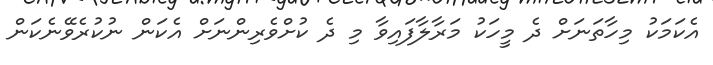
އެކަމަކު މިހާތަނަށް ދެ މީހަކު މަރާލާފައިވާ މި ދެ ކުށްވެރިންނަށް އެކަން ނުކުރެވޭނެކަން